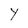
Character: Y